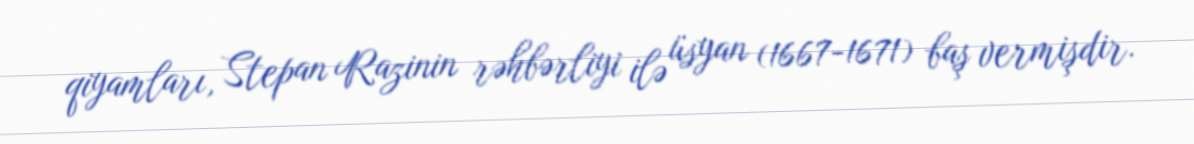
qiyamları, Stepan Razinin rəhbərliyi ilə üsyan (1667-1671) baş vermişdir.